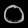
Digit: ၀